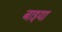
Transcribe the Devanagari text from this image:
बाइया